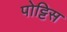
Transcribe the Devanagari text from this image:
पोट्टिस